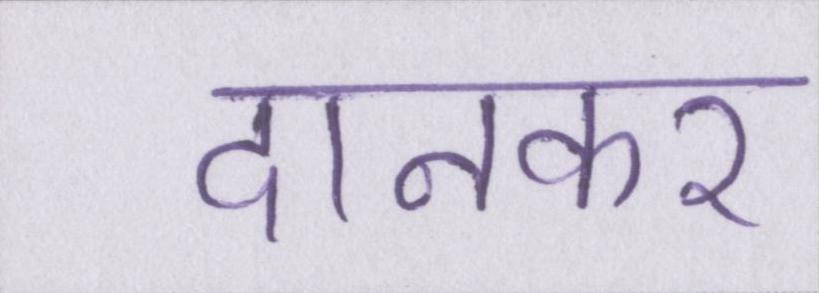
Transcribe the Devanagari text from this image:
दानकर